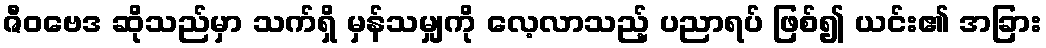
ဇီဝဗေဒ ဆိုသည်မှာ သက်ရှိ မှန်သမျှကို လေ့လာသည့် ပညာရပ် ဖြစ်၍ ယင်း၏ အခြား